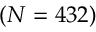
( N = 4 3 2 )